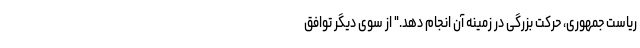
ریاست جمهوری، حرکت بزرگی در زمینه آن انجام دهد." از سوی دیگر توافق